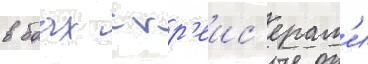
в боах с кр'еис'ерам'и